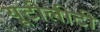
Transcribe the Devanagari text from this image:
यूटीलीटी